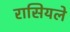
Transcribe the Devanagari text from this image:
रासियले